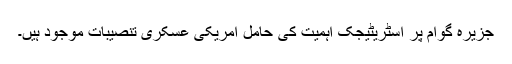
جزیرہ گوام پر اسٹریٹیجک اہمیت کی حامل امريکی عسکری تنصيبات موجود ہیں۔